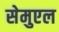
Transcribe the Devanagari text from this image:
सेमुएल